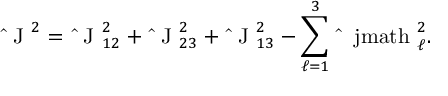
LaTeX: { \mathrm { \boldmath ~ \hat { ~ } J ~ } } ^ { 2 } = { \mathrm { \boldmath ~ \hat { ~ } J ~ } } _ { 1 2 } ^ { 2 } + { \mathrm { \boldmath ~ \hat { ~ } J ~ } } _ { 2 3 } ^ { 2 } + { \mathrm { \boldmath ~ \hat { ~ } J ~ } } _ { 1 3 } ^ { 2 } - \sum _ { \ell = 1 } ^ { 3 } { \mathrm { \boldmath ~ \hat { ~ } \ j m a t h ~ } } _ { \ell } ^ { 2 } .